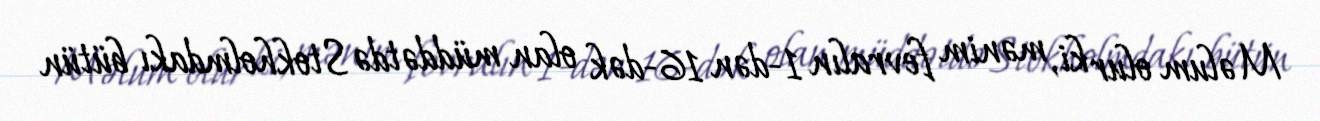
Məlum olur ki, mənim fevralın 1-dən 16-dək olan müddətdə Stokholmdakı bütün